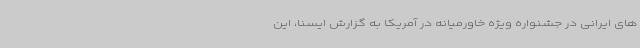
های ایرانی در جشنواره ویژه خاورمیانه در آمریکا به گزارش ایسنا، این